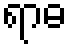
ရာဓ